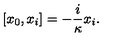
[ x _ { 0 } , x _ { i } ] = - \frac { i } \kappa x _ { i } .